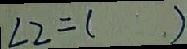
\angle 2 = ( )